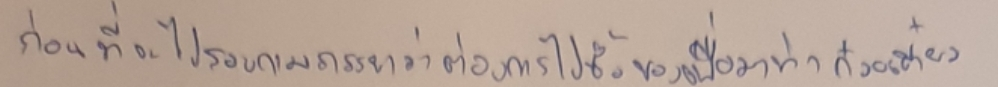
ก่อนที่จะไปสอบถามภรรยาว่าต้องการไปซื้อของเพื่อมาทำก๋วยเตี๋ยว